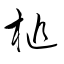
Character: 槌